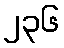
၂၃၆